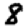
Digit: 8